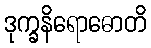
ဒုက္ခနိရောဓောတိ